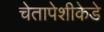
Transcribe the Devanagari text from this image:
चेतापेशीकेडे